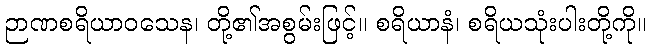
ဉာဏစရိယာဝသေန၊ တို့၏အစွမ်းဖြင့်။ စရိယာနံ၊ စရိယသုံးပါးတို့ကို။